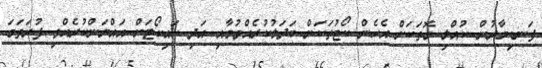
ފަނޑިޔާރުން ކުއްލި ގޮތަކަށް އެހެން ކޯޓުތަކަށް ބަދަލުކުރެއްވުމާއި އަދި ހައިކޯޓަށް އައްޔަންކުރެއްވި ފުރަތަމަ